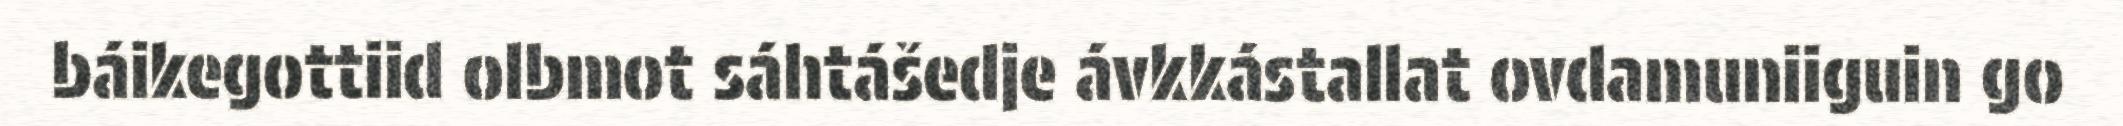
báikegottiid olbmot sáhtášedje ávkkástallat ovdamuniiguin go